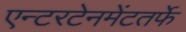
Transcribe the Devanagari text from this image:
एन्टरटेनमेंटतर्फे